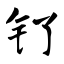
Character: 钌